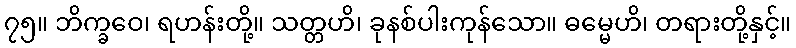
၇၅။ ဘိက္ခဝေ၊ ရဟန်းတို့။ သတ္တဟိ၊ ခုနစ်ပါးကုန်သော။ ဓမ္မေဟိ၊ တရားတို့နှင့်။